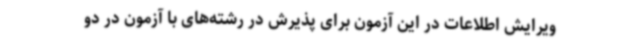
ویرایش اطلاعات در این آزمون برای پذیرش در رشته‌های با آزمون در دو